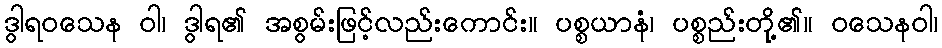
ဒွါရဝသေန ဝါ၊ ဒွါရ၏ အစွမ်းဖြင့်လည်းကောင်း။ ပစ္စယာနံ၊ ပစ္စည်းတို့၏။ ဝသေနဝါ၊